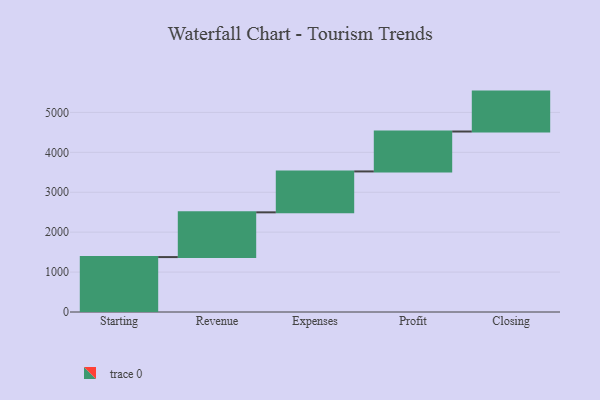
{"axis": {"x": "Step", "y": "Value"}, "legend": [""], "data": [{"x": "Starting", "y": 1376.0, "type": ""}, {"x": "Revenue", "y": 1121.0, "type": ""}, {"x": "Expenses", "y": 1025.0, "type": ""}, {"x": "Profit", "y": 1000, "type": ""}, {"x": "Closing", "y": 1000, "type": ""}]}